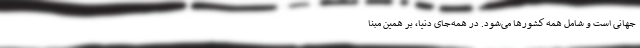
جهانی است و شامل همه کشورها می‌شود. در همه‌جای دنیا، بر همین مبنا